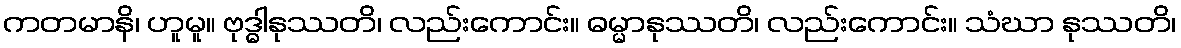
ကတမာနိ၊ ဟူမူ။ ဗုဒ္ဓါနုဿတိ၊ လည်းကောင်း။ ဓမ္မာနုဿတိ၊ လည်းကောင်း။ သံဃာ နုဿတိ၊